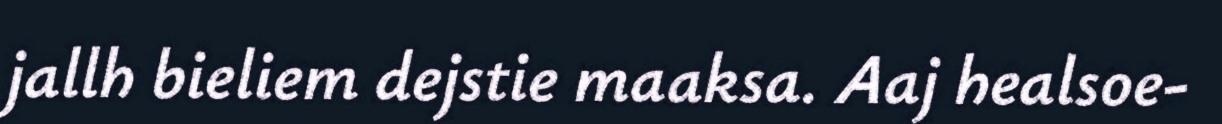
jallh bieliem dejstie maaksa. Aaj healsoe-